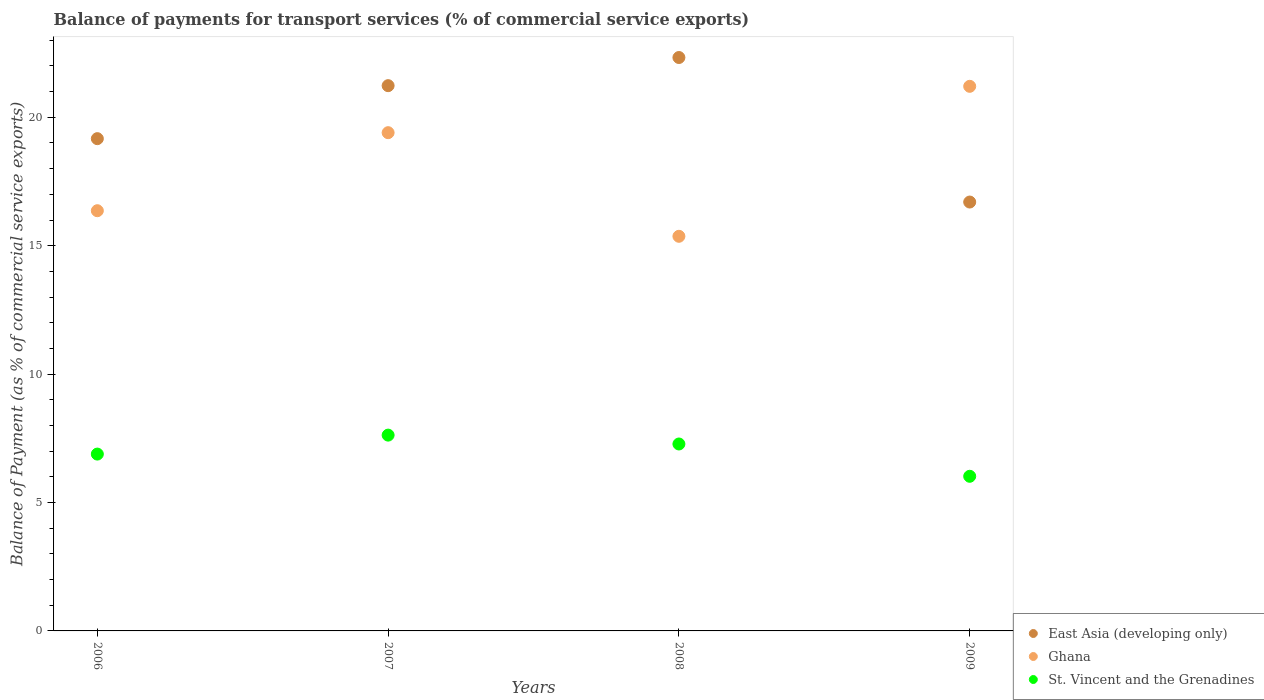
| Years | East Asia (developing only) | Ghana | St. Vincent and the Grenadines |
 | --- | --- | --- | --- |
 | 2006 | 19.2 | 16.4 | 6.89 |
 | 2007 | 21.2 | 19.4 | 7.62 |
 | 2008 | 22.3 | 15.4 | 7.28 |
 | 2009 | 16.7 | 21.2 | 6.02 |